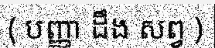
( បញ្ញា ដឹង សព្វ )